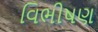
વિભીષણ